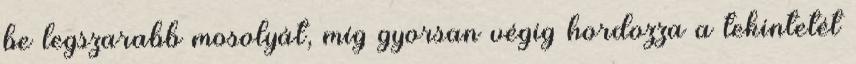
be legszarabb mosolyát, míg gyorsan végig hordozza a tekintetét